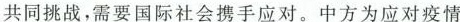
共同挑战，需要国际社会携手应对。中方为应对疫情